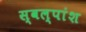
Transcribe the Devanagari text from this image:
स्वल्पांश